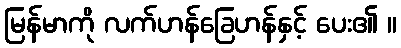
မြန်မာကို လက်ဟန်ခြေဟန်နှင့် ပေး၏ ။